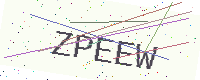
Text: ZPEEW